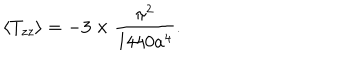
LaTeX: \langle T _ { z z } \rangle = - 3 \times \frac { \pi ^ { 2 } } { 1 4 4 0 a ^ { 4 } } .